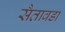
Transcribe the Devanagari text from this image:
सैतावडा